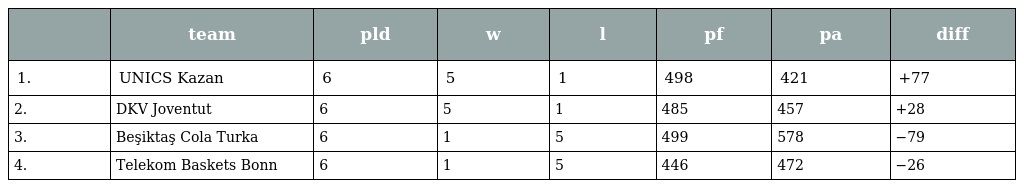
|  | team | pld | w | l | pf | pa | diff |
 | --- | --- | --- | --- | --- | --- | --- | --- |
 | 1. | UNICS Kazan | 6 | 5 | 1 | 498 | 421 | +77 |
 | 2. | DKV Joventut | 6 | 5 | 1 | 485 | 457 | +28 |
 | 3. | Beşiktaş Cola Turka | 6 | 1 | 5 | 499 | 578 | −79 |
 | 4. | Telekom Baskets Bonn | 6 | 1 | 5 | 446 | 472 | −26 |